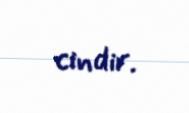
cindir.